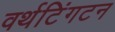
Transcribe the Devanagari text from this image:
वर्थटिंगटन